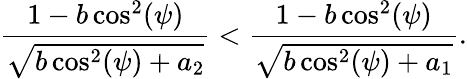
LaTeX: \frac{1-b\cos^{2}(\psi)}{\sqrt{b\cos^{2}(\psi)+a_{2}}}<\frac{1-b\cos^{2}(\psi)}{\sqrt{b\cos^{2}(\psi)+a_{1}}}.